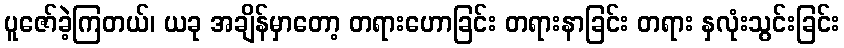
ပူဇော်ခဲ့ကြတယ်၊ ယခု အချိန်မှာတော့ တရားဟောခြင်း တရားနာခြင်း တရား နှလုံးသွင်းခြင်း